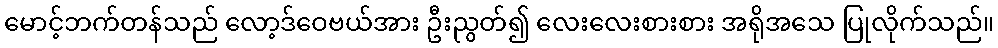
မောင့်ဘက်တန်သည် လော့ဒ်ဝေဗယ်အား ဦးညွတ်၍ လေးလေးစားစား အရိုအသေ ပြုလိုက်သည်။